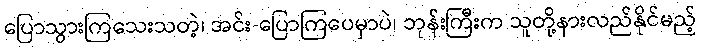
ပြောသွားကြသေးသတဲ့၊ အင်း-ပြောကြပေမှာပဲ၊ ဘုန်းကြီးက သူတို့နားလည်နိုင်မည့်